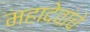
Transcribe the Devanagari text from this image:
महादेवांचे